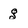
Character: g